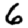
Digit: 6